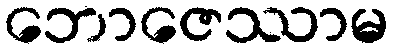
ဘောဇေဿာမ